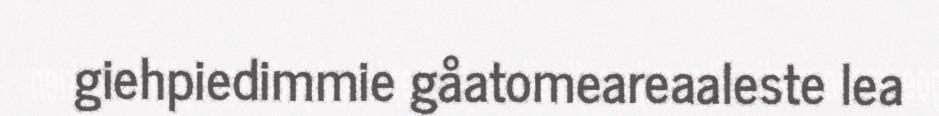
giehpiedimmie gåatomeareaaleste lea